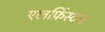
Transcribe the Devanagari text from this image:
एलफ़िंस्टन